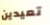
تعيدين